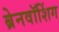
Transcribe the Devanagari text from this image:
ब्रेनवॉशिंग